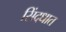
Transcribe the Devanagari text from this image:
सिंद्धात